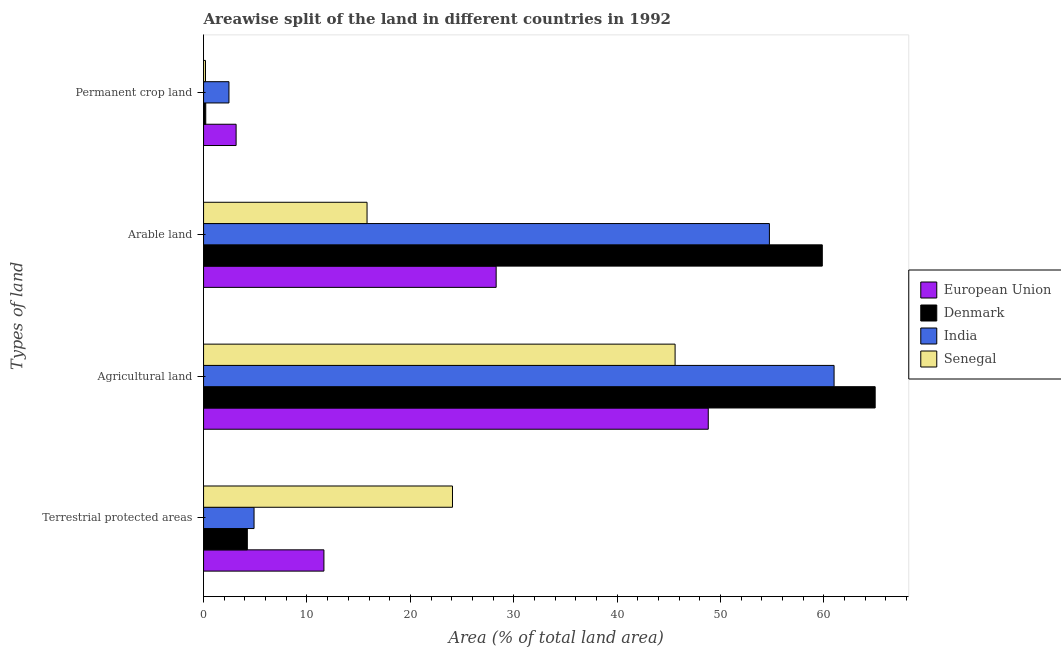
| Types of land | European Union | Denmark | India | Senegal |
 | --- | --- | --- | --- | --- |
 | Terrestrial protected areas | 11.6 | 4.23 | 4.88 | 24.1 |
 | Agricultural land | 48.8 | 65 | 61 | 45.6 |
 | Arable land | 28.3 | 59.8 | 54.7 | 15.8 |
 | Permanent crop land | 3.15 | 0.212 | 2.46 | 0.187 |